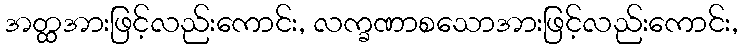
အတ္ထအားဖြင့်လည်းကောင်း, လက္ခဏာစသောအားဖြင့်လည်းကောင်း,